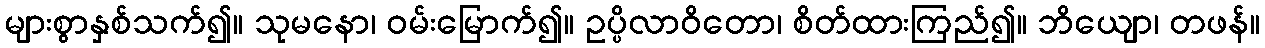
များစွာနှစ်သက်၍။ သုမနော၊ ဝမ်းမြောက်၍။ ဥပ္ပိလာဝိတော၊ စိတ်ထားကြည်၍။ ဘိယျော၊ တဖန်။